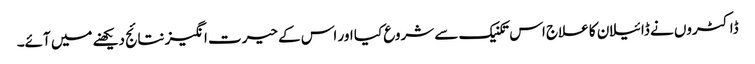
ڈاکٹروں نے ڈائیلان کا علاج اس تکنیک سے شروع کیا اور اس کے حیرت انگیز نتائج دیکھنے میں آئے۔